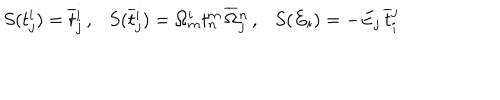
LaTeX: S ( t _ { j } ^ { i } ) = \overline { { { t } } } { } _ { j } ^ { i } \, , \ \ \ S ( \overline { { { t } } } { } _ { j } ^ { i } ) = \Omega _ { m } ^ { i } t _ { n } ^ { m } \, \overline { { { \Omega } } } { } _ { j } ^ { n } \, , \ \ \ S ( E _ { i } ) = - E _ { j } \, \overline { { { t } } } { } _ { i } ^ { j }